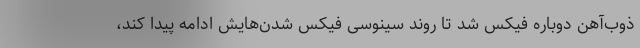
ذوب‌آهن دوباره فیکس شد تا روند سینوسی فیکس شدن‌هایش ادامه پیدا کند،